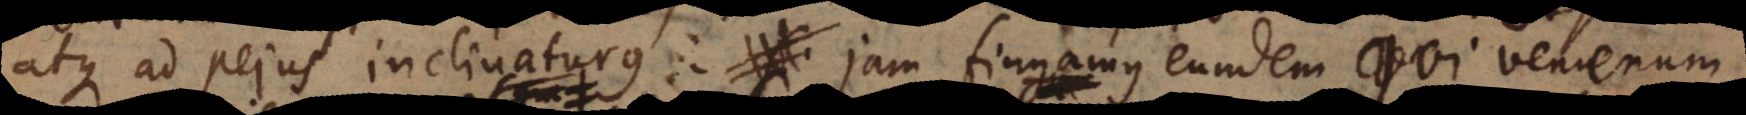
atque ad pejus inclinaturus. Jam fingamus eundem qui venenum